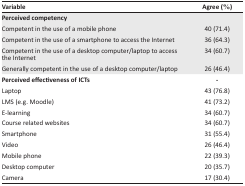
| Variable | Agree (%) |
 | --- | --- |
 | <COLSPAN=2> Perceived competency |
 | Competent in the use of a mobile phone | 40 (71.4) |
 | Competent in the use of a smartphone to access the Internet | 36 (64.3) |
 | Competent in the use of a desktop computer/laptop to access the Internet | 34 (60.7) |
 | Generally competent in the use of a desktop computer/laptop | 26 (46.4) |
 | Perceived effectiveness of ICTs | - |
 | Laptop | 43 (76.8) |
 | LMS (e.g. Moodle) | 41 (73.2) |
 | E-learning | 34 (60.7) |
 | Course related websites | 34 (60.7) |
 | Smartphone | 31 (55.4) |
 | Video | 26 (46.4) |
 | Mobile phone | 22 (39.3) |
 | Desktop computer | 20 (35.7) |
 | Camera | 17 (30.4) |